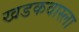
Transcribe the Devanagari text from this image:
खडकवास्ला